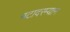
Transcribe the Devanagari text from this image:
गटादरम्यान